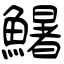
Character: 鱪